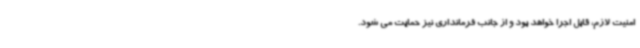
امنیت لازم، قابل اجرا خواهد بود و از جانب فرمانداری نیز حمایت می شود.